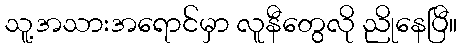
သူ့အသားအရောင်မှာ လူနီတွေလို ညိုနေပြီ။